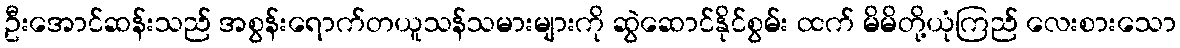
ဦးအောင်ဆန်းသည် အစွန်းရောက်တယူသန်သမားများကို ဆွဲဆောင်နိုင်စွမ်း ထက် မိမိတို့ယုံကြည် လေးစားသော